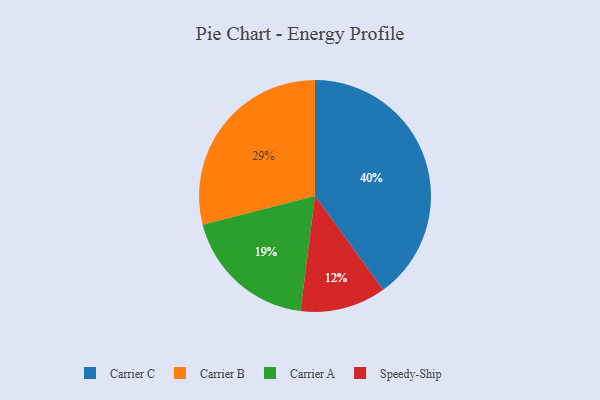
{"axis": {"x": "Category", "y": "Percentage"}, "legend": ["Carrier A", "Carrier B", "Carrier C", "Speedy-Ship"], "data": [{"x": "Carrier C", "y": 40, "type": "Carrier C"}, {"x": "Speedy-Ship", "y": 12, "type": "Speedy-Ship"}, {"x": "Carrier B", "y": 29, "type": "Carrier B"}, {"x": "Carrier A", "y": 19, "type": "Carrier A"}]}